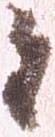
者